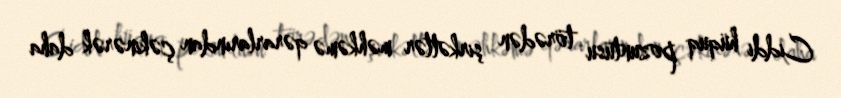
Ciddi hüquq pozuntusu törədən şirkətlər məhkəmə qərarlarından çəkinərək daha